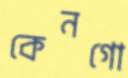
কেনগো